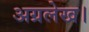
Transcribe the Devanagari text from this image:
अग्रलेख।